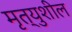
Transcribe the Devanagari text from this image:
मृत्युशील